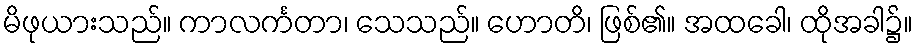
မိဖုယားသည်။ ကာလင်္ကတာ၊ သေသည်။ ဟောတိ၊ ဖြစ်၏။ အထခေါ၊ ထိုအခါ၌။